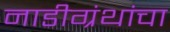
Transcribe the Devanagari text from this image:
नाडीग्रंथांचा